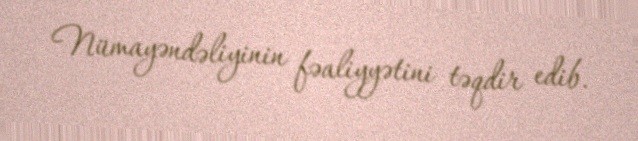
Nümayəndəliyinin fəaliyyətini təqdir edib.